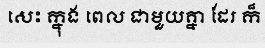
សេះ ក្នុង ពេល ជាមួយគ្នា ដែរ ក៏